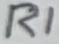
Text: R1